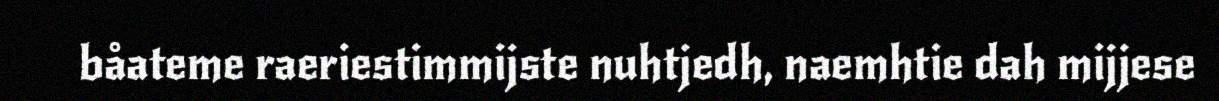
båateme raeriestimmijste nuhtjedh, naemhtie dah mijjese